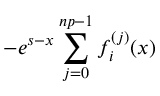
- e ^ { s - x } \sum _ { j = 0 } ^ { n p - 1 } f _ { i } ^ { ( j ) } ( x )